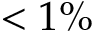
< 1 \%